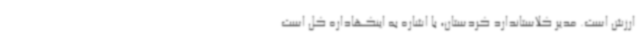
ارزش است. مدیر کلاستاندارد کردستان، با اشاره به اینکهاداره کل است